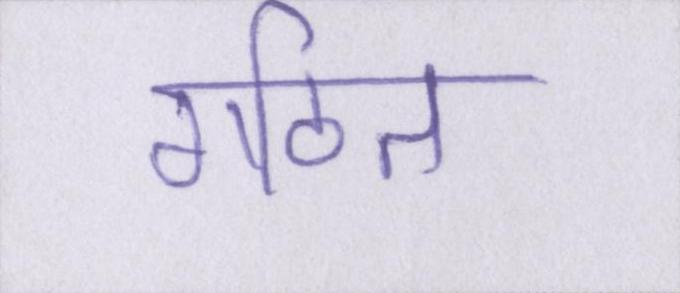
गठित